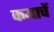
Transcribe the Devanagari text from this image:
कयाचें